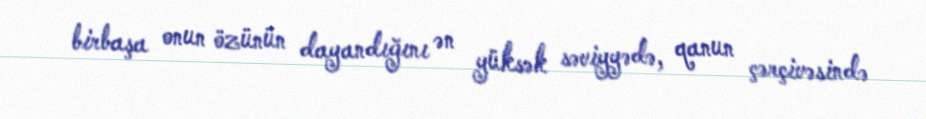
birbaşa onun özünün dayandığını ən yüksək səviyyədə, qanun çərçivəsində